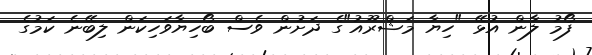
ފޯމު ލާން އުޅޭ "ހިޔާ މަޝްރޫއު"ގެ ދަށުން ވެސް ބޯހިޔާވަހިކަން ލިބޭނެ ކަމުގެ